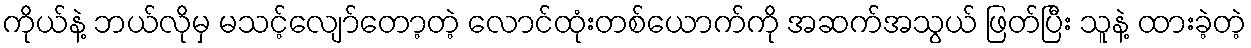
ကိုယ်နဲ့ ဘယ်လိုမှ မသင့်လျော်တော့တဲ့ လောင်ထုံးတစ်ယောက်ကို အဆက်အသွယ် ဖြတ်ပြီး သူနဲ့ ထားခဲ့တဲ့